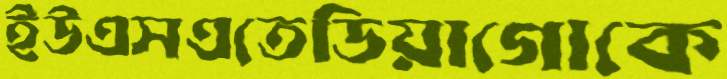
ইউএসএতেডিয়াগোকে